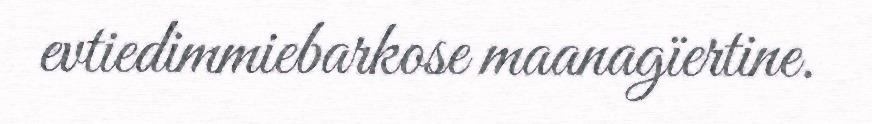
evtiedimmiebarkose maanagïertine.